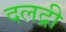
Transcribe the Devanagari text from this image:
दलद्री